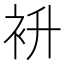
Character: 𮕭